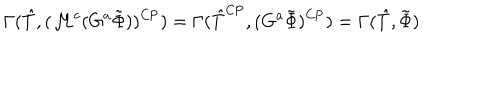
\Gamma ( \hat { T } , ( \mathcal { M } ^ { c } ( G ^ { a } \tilde { \Phi } ) ) ^ { \mathrm { C P } } ) = \Gamma ( \hat { T } ^ { \mathrm { C P } } , ( G ^ { a } \tilde { \Phi } ) ^ { \mathrm { C P } } ) = \Gamma ( \hat { T } , \tilde { \Phi } )